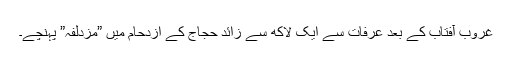
غروب آفتاب کے بعد عرفات سے ایک لاکھ سے زائد حجاج کے ازدحام میں ”مزدلفہ” پہنچے۔